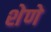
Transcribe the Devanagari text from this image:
शेणे